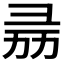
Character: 𢑕